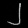
Digit: ၂